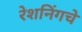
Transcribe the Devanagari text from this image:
रेशनिंगचे